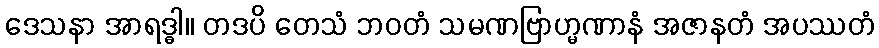
ဒေသနာ အာရဒ္ဓါ။ တဒပိ တေသံ ဘဝတံ သမဏဗြာဟ္မဏာနံ အဇာနတံ အပဿတံ